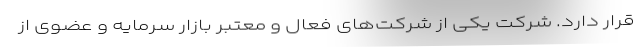
قرار دارد. شرکت یکی از شرکت‌های فعال و معتبر بازار سرمایه و عضوی از